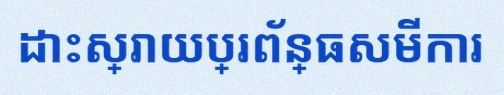
ដោះស្រាយប្រព័ន្ធសមីការ